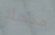
مذهلا